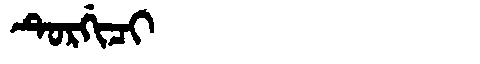
Manchu: ᡨᡠᡵᡤᡳᠴᡳ
Romanization: TURGICI